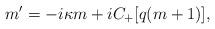
LaTeX: \begin{align*}m' = -i\kappa m + i C_+[q(m+1)],\end{align*}